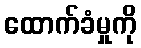
ထောက်ခံမှုကို